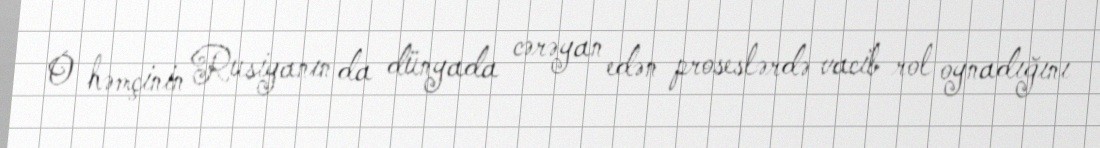
O həmçinin Rusiyanın da dünyada cərəyan edən proseslərdə vacib rol oynadığını